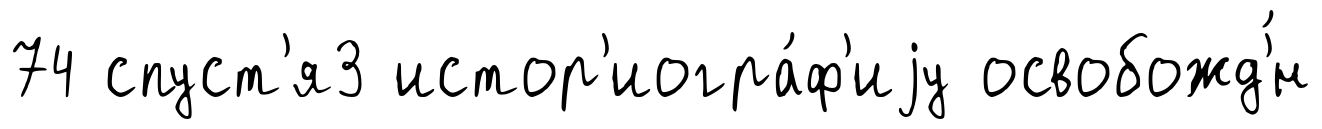
74 спуст'я3 истор'иогра́ф'иjу освобожд'́н